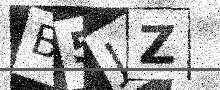
Text: B5JZ